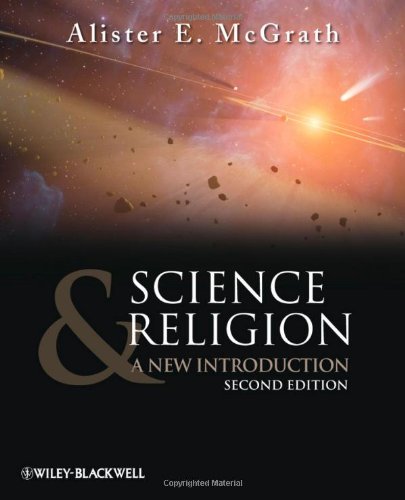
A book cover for Science and Religion: A New Introduction; Alister E. McGrath; Religion & Spirituality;